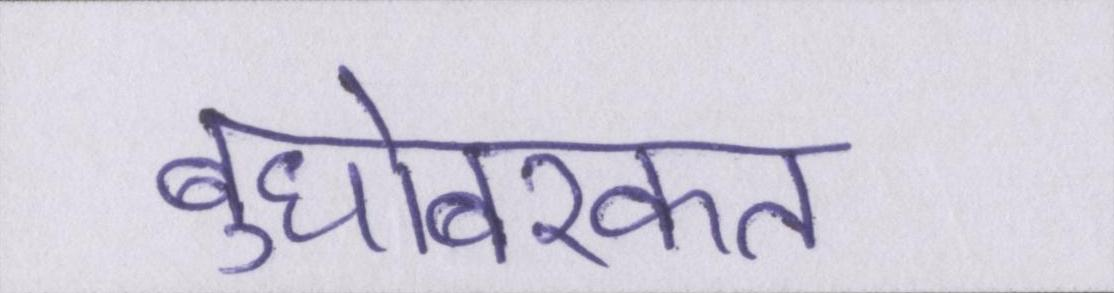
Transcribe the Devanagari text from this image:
बुधोबरकत